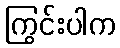
ကြွင်းပါက